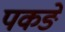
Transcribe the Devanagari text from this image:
पकङे